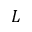
L